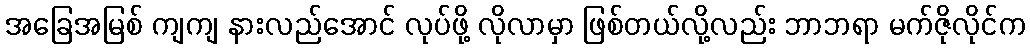
အခြေအမြစ် ကျကျ နားလည်အောင် လုပ်ဖို့ လိုလာမှာ ဖြစ်တယ်လို့လည်း ဘာဘရာ မက်ဇိုလိုင်က